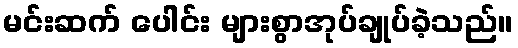
မင်းဆက် ပေါင်း များစွာအုပ်ချုပ်ခဲ့သည်။